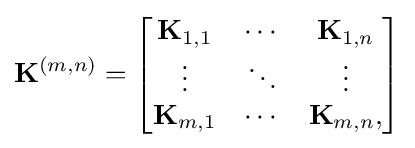
\mathbf {K} ^{(m,n)}={\begin{bmatrix}\mathbf {K} _{1,1}&\cdots &\mathbf {K} _{1,n}\\\vdots &\ddots &\vdots \\\mathbf {K} _{m,1}&\cdots &\mathbf {K} _{m,n},\end{bmatrix}}